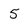
Character: 5